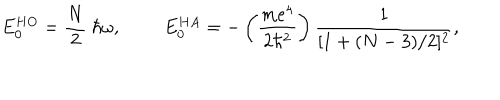
E _ { 0 } ^ { H O } = \frac { N } { 2 } ~ \hbar \omega , E _ { 0 } ^ { H A } = - \left( \frac { m e ^ { 4 } } { 2 \hbar ^ { 2 } } \right) \frac { 1 } { [ 1 + ( N - 3 ) / 2 ] ^ { 2 } } ,